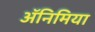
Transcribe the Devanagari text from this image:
अॅनिमिया